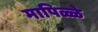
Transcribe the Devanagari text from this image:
मापिळ्ळे